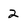
Character: 2